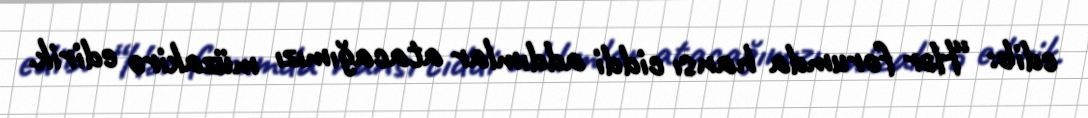
edib: “Hər forumda hansı ciddi addımlar atacağımızı müzakirə edirik.